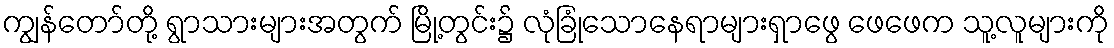
ကျွန်တော်တို့ ရွာသားများအတွက် မြို့တွင်း၌ လုံခြုံသောနေရာများရှာဖွေ ဖေဖေက သူ့လူများကို